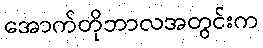
အောက်တိုဘာလအတွင်းက